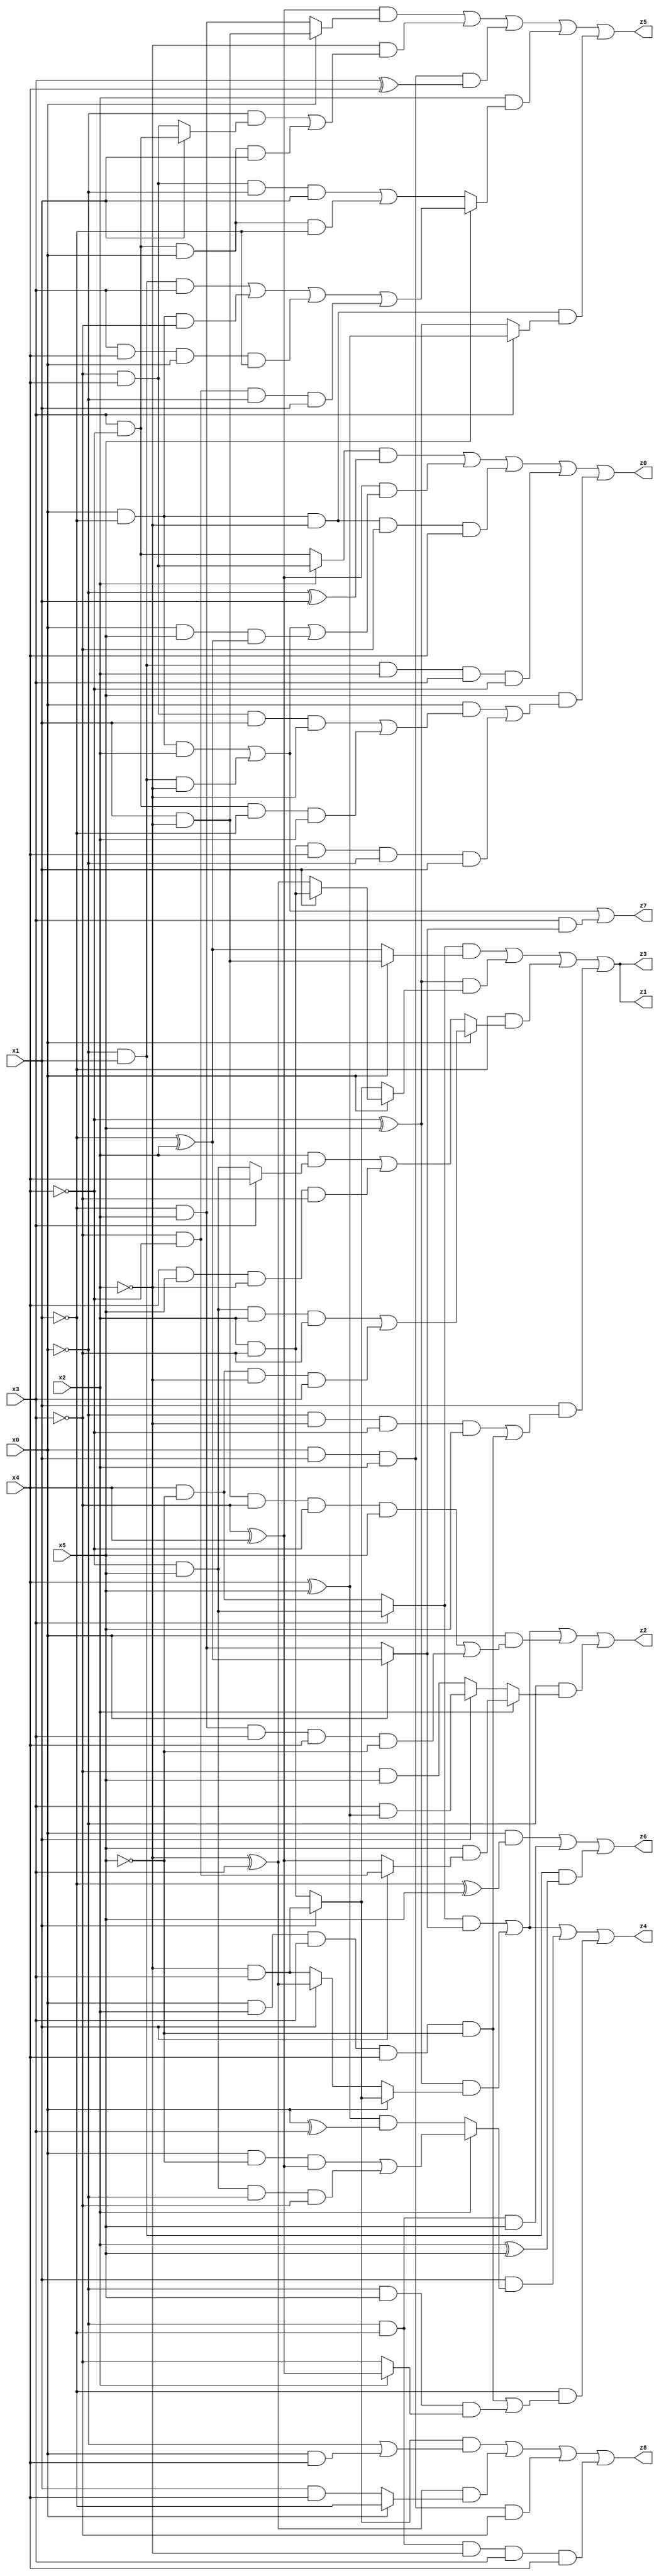
// Benchmark "X_21" written by ABC on Mon Jun 05 23:00:42 2023

module X_21 ( 
    x0, x1, x2, x3, x4, x5,
    z0, z1, z2, z3, z4, z5, z6, z7, z8  );
  input  x0, x1, x2, x3, x4, x5;
  output z0, z1, z2, z3, z4, z5, z6, z7, z8;
  assign z0 = ((x2 ? (~x3 & x4) : (x3 & ~x4)) & (~x0 ^ x1)) | ((~x3 ^ x4) & ((x0 & ~x1 & x2) | (~x0 & x1 & ~x2) | (x0 & x5 & (~x1 ^ x2)))) | (x0 & ~x1 & ~x2 & ~x3 & x4) | (~x0 & x1 & x2 & x3 & ~x4) | (x5 & ((x0 & ((~x3 & x4 & x1 & ~x2) | (x3 & ~x4 & ~x1 & x2))) | (x2 & ~x3 & x4 & ~x0 & x1)));
  assign z1 = ((x3 ? (~x4 & x5) : (x4 & ~x5)) & (x0 ? (x1 & ~x2) : (~x1 ^ x2))) | ((~x4 ^ x5) & (x0 ? (x1 ? (x2 & ~x3) : (~x2 ^ x3)) : (x1 ? (~x2 & x3) : (x2 & ~x3)))) | (~x1 & (x0 ? ((~x4 & x5 & x2 & ~x3) | (x4 & ~x5 & ~x2 & x3)) : ((x2 & (x3 ? x4 : (~x4 & x5))) | (x4 & x5 & ~x2 & ~x3)))) | (x1 & ((~x0 & ~x2 & ~x4 & x5) | (x0 & x2 & x3 & x4 & ~x5)));
  assign z2 = ((x3 ? (~x4 & x5) : (x4 & ~x5)) & (x0 ? (~x1 ^ x2) : (~x1 & x2))) | ((~x4 ^ x5) & (x0 ? (x1 ? (~x2 & x3) : (x2 & ~x3)) : (x1 ? (~x2 ^ x3) : (~x2 & x3)))) | (x0 & ((x1 & ~x2 & ~x3 & ~x4 & x5) | (~x1 & x2 & x3 & x4 & ~x5))) | (~x0 & (x2 ? (x5 & (x1 ? (~x3 & ~x4) : (~x3 ^ x4))) : (x1 ? (x3 & (x4 ^ x5)) : (~x3 & x5))));
  assign z3 = ((x3 ? (~x4 & x5) : (x4 & ~x5)) & (x0 ? (x1 & ~x2) : (~x1 ^ x2))) | ((~x4 ^ x5) & (x0 ? (x1 ? (x2 & ~x3) : (~x2 ^ x3)) : (x1 ? (~x2 & x3) : (x2 & ~x3)))) | (~x1 & (x0 ? ((~x4 & x5 & x2 & ~x3) | (x4 & ~x5 & ~x2 & x3)) : ((x2 & (x3 ? x4 : (~x4 & x5))) | (x4 & x5 & ~x2 & ~x3)))) | (x1 & ((~x0 & ~x2 & ~x4 & x5) | (x0 & x2 & x3 & x4 & ~x5)));
  assign z4 = ((x3 ? (~x4 & x5) : (x4 & ~x5)) & (x0 ? (~x1 ^ x2) : (~x1 & x2))) | ((~x4 ^ x5) & (x0 ? (x1 ? (~x2 & x3) : (x2 & ~x3)) : (x1 ? (~x2 ^ x3) : (~x2 & x3)))) | (x1 & (x2 ? ((x0 & ~x5 & (~x3 ^ x4)) | (~x4 & x5 & ~x0 & ~x3)) : ((x4 ^ x5) & (x0 ^ x3)))) | (~x1 & ((x0 & x2 & x3 & x4 & ~x5) | (~x0 & x5 & (x2 ? (~x3 ^ x4) : ~x3))));
  assign z5 = ((~x3 ^ x4) & (x0 ? (x1 & ~x2) : (~x1 & x2))) | (~x2 & ((~x0 & (x1 ? (x3 & ~x4) : (~x3 & x4))) | (x3 & ~x4 & x0 & x1))) | (x0 & x1 & x2 & (x3 ^ x4)) | (x2 & (x5 ? ((~x0 & x1 & x3) | (x0 & ~x1 & ~x3) | (x3 & x4 & x0 & ~x1) | (~x3 & ~x4 & ~x0 & x1)) : ((~x3 & x4 & ~x0 & x1) | (x3 & ~x4 & x0 & ~x1)))) | (x0 & ~x1 & ~x2 & (x3 ? (x4 ^ x5) : (~x4 ^ x5)));
  assign z6 = (x0 & (~x1 ^ x5)) | (~x0 & ~x1 & x5) | (~x0 & x1 & (x2 ^ x5));
  assign z7 = (x0 & ~x1 & x2) | (~x0 & x1 & ~x2) | (x3 & (x0 ? (~x1 ^ x2) : (~x1 & x2)));
  assign z8 = ((x1 ? (~x2 & x3) : (x2 & ~x3)) & (~x0 | (x0 & x4))) | ((~x2 ^ x3) & (x0 ? ~x1 : (x1 & x4))) | (x0 & x1 & x2 & ~x3) | (~x0 & ~x1 & ~x2 & x3 & x4);
endmodule